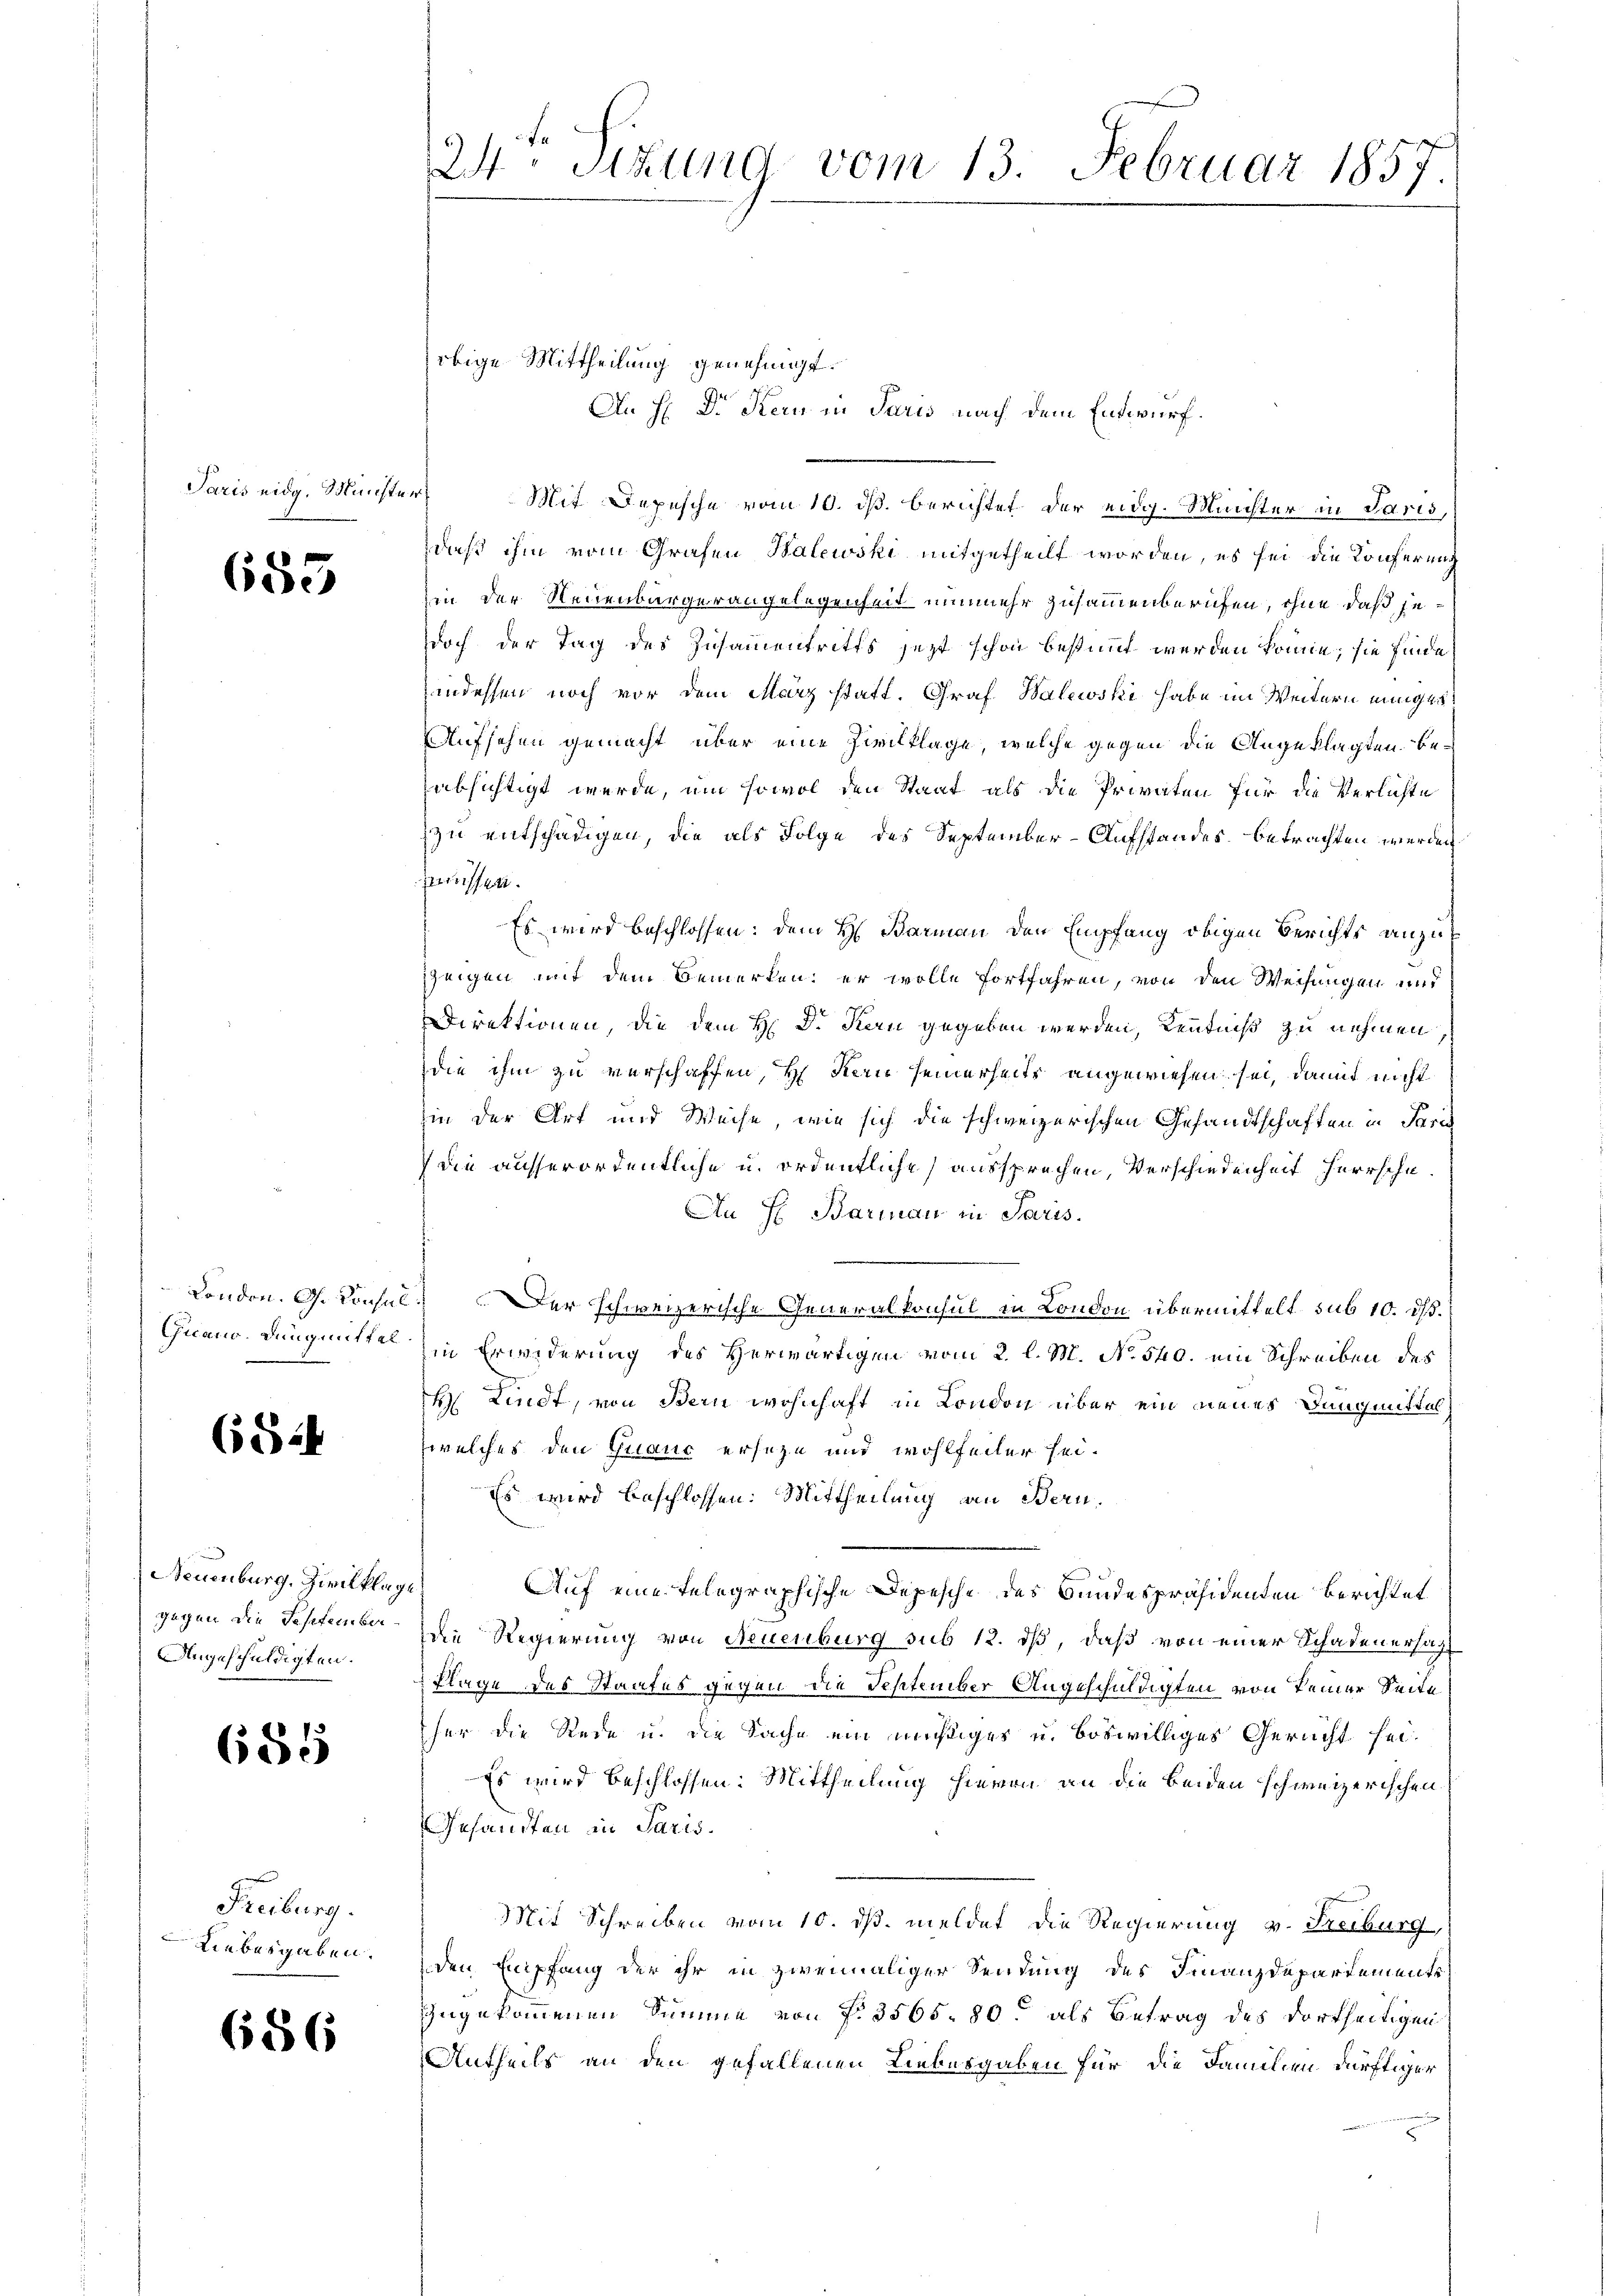
Paris eidg. Münst

685

Chiano. Düngmittel.

6824

Neuenburg, Zivilklage
gegen die September¬
Angeschuldigten.

685

Freiburg.
Liebesgaben.

686

24 Stzung vom 13. Februar 1857

obige Mittheilung genehmigt.
An H. Dr Stern in Paris nach dem Entwurf.
f
Mit Depesche vom 10. ds. berichtet der eidg. Minister in Paris,
daß ihm vom Grafen Halewski mitgetheilt worden, es sei die Konferung
in der Neuenburgerangelegenheit nunmehr zusammenberufen, ohne daß jedoch der Tag des Zusammentritts jetzt schon bestimmt werden könne; sie finde
indessen noch vor dem März statt. Graf Balewski habe im Weitern einige
Aufsehen gemacht über eine Zivilklage, welche gegen die Angeklagten beabsichtigt werde, um sowol den Staat als die Privaten für die Verlichte
zu entschädigen, die als Folge des September-Aufstandes, betrachten werden
müssen.
Es wird beschlossen: dem H. Barman den Empfang obigen Berichts anzuzzeigen mit dem Bemerken; er wolle fortfahren, von den Weisungen und
Direktionen, die dem H: Dr. Kern gegeben werden, Kenntniß zu nehmen
die ihm zu verschaffen, Hr. Kern seinerseits angewiesen sei, damit nicht
hin der Art und Weise, wie sich die schweizerischen Gesandtschaften in Paris
die ausserordentliche u. ordentliche aussprechen, Verschiedenheit herrsche¬
An H. Barian in Paris.
London. G. Konsel. Der schweizerische Generalkonsul in London übermittelt sub 10. ds.
in Erwiderung des Herwärtigen vom 2. l. M. No. 540. ein Schreiben des
H. Lindt, von Bern wohnhaft in London über ein neues Dungmittel
welches den Quauc erseze und wohlfeiler sei¬
Es wird beschlossen: Mittheilung an Bern.
Auf eine telegraphische Depesche des Bundespräsidenten Berichtet
Die Regierung von Neuenburg sub 12. dß, daß von einer Schadenersagt
Klage des Staates gegen die September Angeschuldigten von keiner Seite
her die Rede u. die Sache ein nichtiges u. boswilliges Gericht sei¬
Es wird beschlossen: Mittheilung hievon an die beiden schweizerischen
Gesandten in Paris.
Mit Schreiben vom 10. ds. meldet die Regierung v. Freiburg,
den Empfang der ihr in zweimaliger Sendung des Finanzdepartements
zugekommenen Summe von f. 3565. 80. als Betrag des dortheiligen
Antheils an den gefallenen Liebesgaben für die Familien dürftiger